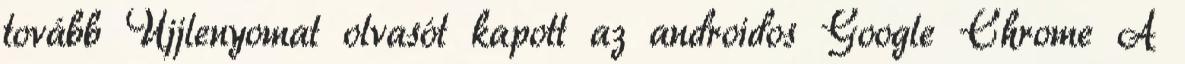
tovább Ujjlenyomat olvasót kapott az androidos Google Chrome A